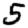
Digit: 5